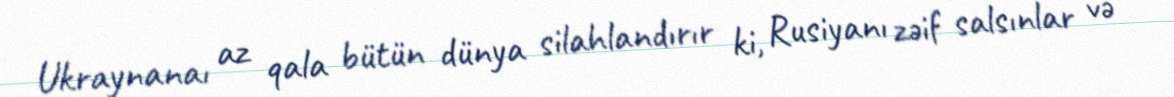
Ukraynanaı az qala bütün dünya silahlandırır ki, Rusiyanı zəif salsınlar və